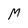
Character: M